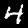
Digit: 4